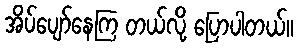
အိပ်ပျော်နေကြ တယ်လို့ ပြောပါတယ်။